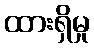
ထားရှိမှု